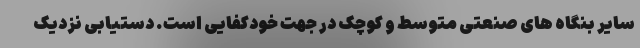
سایر بنگاه های صنعتی متوسط و کوچک در جهت خودکفایی است. دستیابی نزدیک